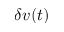
\delta v ( t )